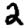
Digit: 2